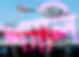
শ্যালি